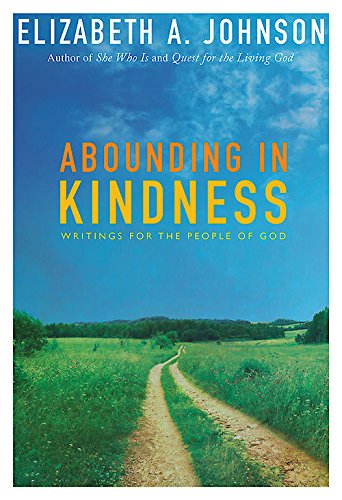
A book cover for Abounding in Kindness: Writing for the People of God; Elizabeth A. Johnson; Christian Books & Bibles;